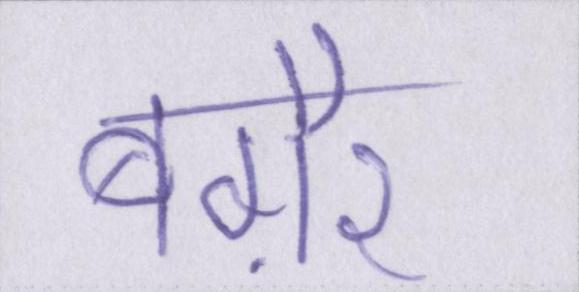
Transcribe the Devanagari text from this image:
बग़ैर